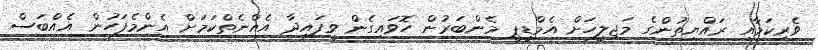
ވެރިކަމާއި ރައްޔިތުންގެ މަޖިލީހަށް އެމްޑީޕީ މެންބަރުން ހޮވައިގެން ވީފައިދާ އެއްނެތްކަމަށް އެންމެފަހުން އެއްބަސް